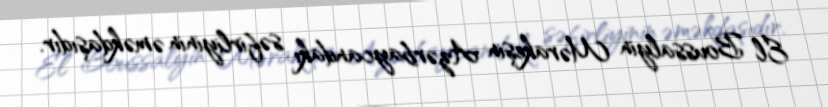
El Boussalyin Mərakeşin Azərbaycandakı səfirliyinin əməkdaşıdır.